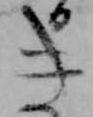
き